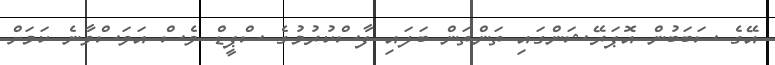
އޭގެ ސަބަބުން އޮޕަރޭޝަންގައި ތަންތަން ބަލައި ފާސްކުރުމުގެ ސްޕީޑް ވެސް އަވަސްވާނެ ކަމަށް